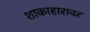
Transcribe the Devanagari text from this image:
शाकाहारावर